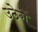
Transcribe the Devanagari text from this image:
उठेगें